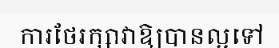
ការថែរក្សាវាឱ្យបានល្អទៅ